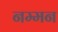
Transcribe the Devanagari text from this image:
नम्मन